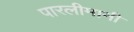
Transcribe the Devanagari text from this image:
पारलीमानी